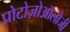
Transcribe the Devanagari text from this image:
प्रोटोज़ोऑलोजी